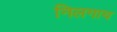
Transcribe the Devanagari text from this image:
निलगाय